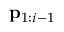
\mathbf { p } _ { 1 : i - 1 }